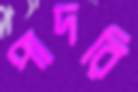
পাদরি